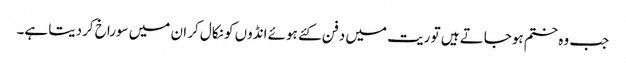
جب وہ ختم ہوجاتے ہیں تو ریت میں دفن کئے ہوئے انڈوں کو نکال کر ان میں سوراخ کردیتا ہے۔